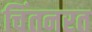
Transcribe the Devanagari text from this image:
चिंतनरत